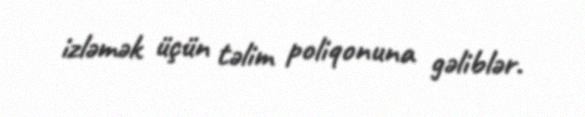
izləmək üçün təlim poliqonuna gəliblər.